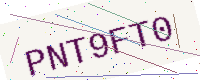
Text: PNT9FT0